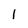
Character: 1